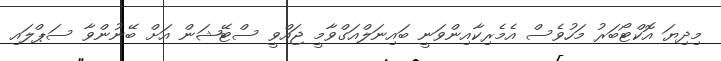
މިދިޔަ އޮކްޓޯބަރު މަހުވެސް އެމެރިކާއިންވަނީ ބައިނަލްއަގްވާމީ ޖައްވީ ސްޓޭޝަން އަށް ބޭނުންވާ ސަޕްލައި